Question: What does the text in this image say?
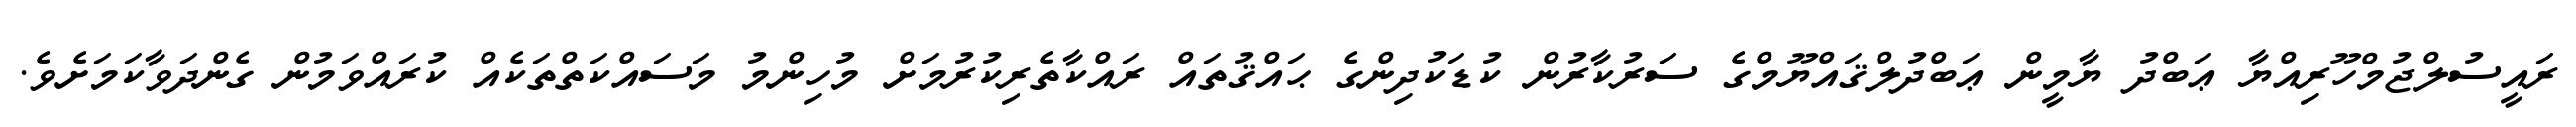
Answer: ރައީސުލްޖުމްހޫރިއްޔާ ޢަބްދު ޔާމީން ޢަބްދުލްޤައްޔޫމްގެ ސަރުކާރުން ކުޑަކުދިންގެ ޙައްޤުތައް ރައްކާތެރިކުރުމަށް މުހިންމު މަސައްކަތްތަކެއް ކުރައްވަމުން ގެންދަވާކަމަށެވެ.